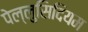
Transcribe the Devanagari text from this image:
पेल्लुसिदियम